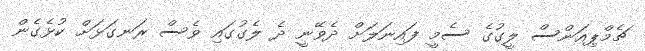
ޗެމްޕިއަންސް ލީގުގެ ސެމީ ފައިނަލަށް ދެވޭނީ ދެ ލެގުގައި ވެސް ރަނގަޅަށް ކުޅެގެން